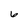
Character: 6